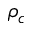
\rho _ { c }